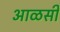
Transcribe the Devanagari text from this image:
आळसी